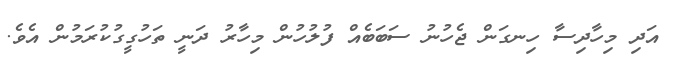
އަދި މިހާދިސާ ހިނގަން ޖެހުނު ސަބަބެއް ފުލުހުން މިހާރު ދަނީ ތަހުގީގުކުރަމުން އެވެ.